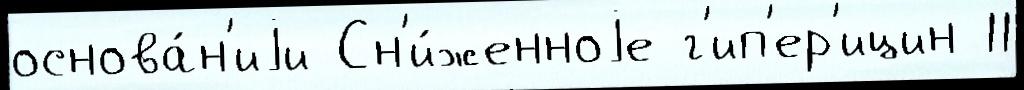
основа́н'иjи Сн'и́женноjе г'ип'ер'ицин 11